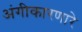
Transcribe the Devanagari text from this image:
अंगीकारणारे